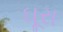
ઘૂરા